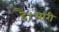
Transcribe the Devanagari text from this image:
है।भारी